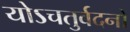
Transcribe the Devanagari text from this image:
योऽचतुर्वदनो